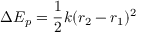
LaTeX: \Delta E _ { p } = { \frac { 1 } { 2 } } k ( r _ { 2 } - r _ { 1 } ) ^ { 2 }